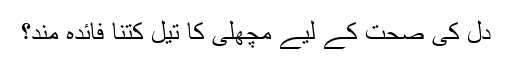
دل کی صحت کے لیے مچھلی کا تیل کتنا فائدہ مند؟